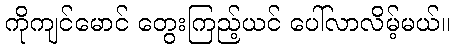
ကိုကျင်မောင် တွေးကြည့်ယင် ပေါ်လာလိမ့်မယ်။